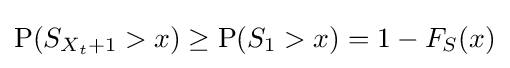
\operatorname {P} (S_{X_{t}+1}>x)\geq \operatorname {P} (S_{1}>x)=1-F_{S}(x)